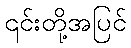
၎င်းတို့အပြင်